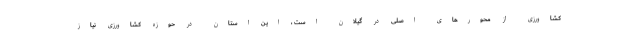
کشاورزی از محورهای اصلی در گیلان است ، این استان در حوزه کشاورزی نیاز